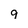
Character: 9